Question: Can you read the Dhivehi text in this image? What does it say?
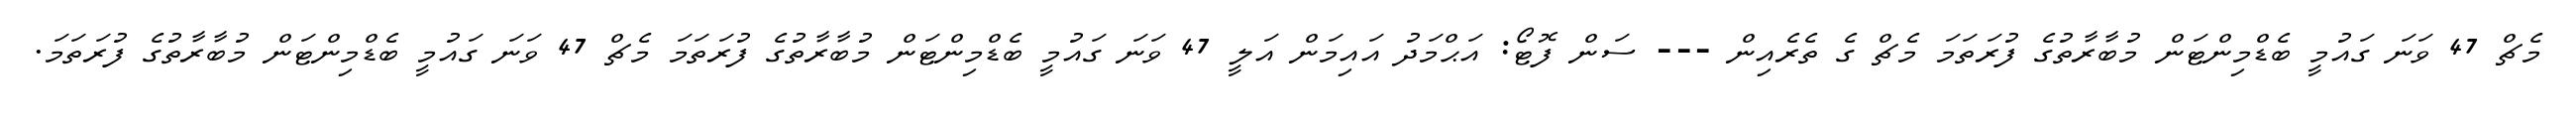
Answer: މެޗް 47 ވަނަ ގައުމީ ބެޑްމިންޓަން މުބާރާތުގެ ފުރަތަމަ މެޗް ގެ ތެރެއިން --- ސަން ފޮޓޯ: އަޙްމަދު އައިމަން އަލީ 47 ވަނަ ގައުމީ ބެޑްމިންޓަން މުބާރާތުގެ ފުރަތަމަ މެޗް 47 ވަނަ ގައުމީ ބެޑްމިންޓަން މުބާރާތުގެ ފުރަތަމަ.